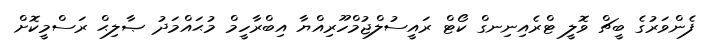
ފެންވަރުގެ ބީޗް ވޮލީ ޓްރެއިނިނގް ކޯޓް ރައީސުލްޖުމްހޫރިއްޔާ އިބްރާހީމް މުޙައްމަދު ޞާލިޙް ރަސްމީކޮށް